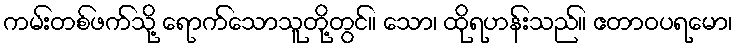
ကမ်းတစ်ဖက်သို့ ရောက်သောသူတို့တွင်။ သော၊ ထိုရဟန်းသည်။ ဧတာဝပရမော၊